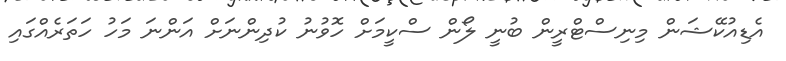
އެޑިއުކޭޝަން މިނިސްޓްރީން ބުނީ ލޯން ސްކީމަށް ހޮވުނު ކުދިންނަށް އަންނަ މަހު ހަތަރެއްގައި